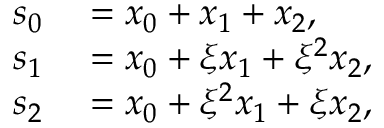
\begin{array} { r l } { s _ { 0 } } & { { } = x _ { 0 } + x _ { 1 } + x _ { 2 } , } \\ { s _ { 1 } } & { { } = x _ { 0 } + \xi x _ { 1 } + \xi ^ { 2 } x _ { 2 } , } \\ { s _ { 2 } } & { { } = x _ { 0 } + \xi ^ { 2 } x _ { 1 } + \xi x _ { 2 } , } \end{array}